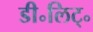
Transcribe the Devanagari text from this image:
डी॰लिट्॰